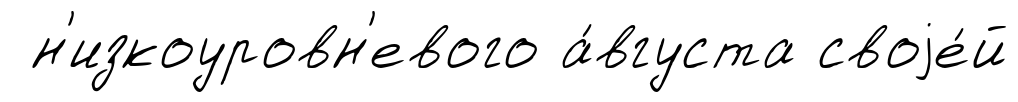
н'изкоуровн'евого а́вгуста своjе́й